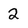
Character: 2